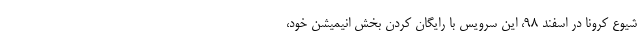
شیوع کرونا در اسفند ۹۸، این سرویس با رایگان کردن بخش انیمیشن خود،